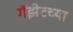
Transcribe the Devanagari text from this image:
गॅझेटच्या